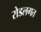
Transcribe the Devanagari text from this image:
रोडलगत